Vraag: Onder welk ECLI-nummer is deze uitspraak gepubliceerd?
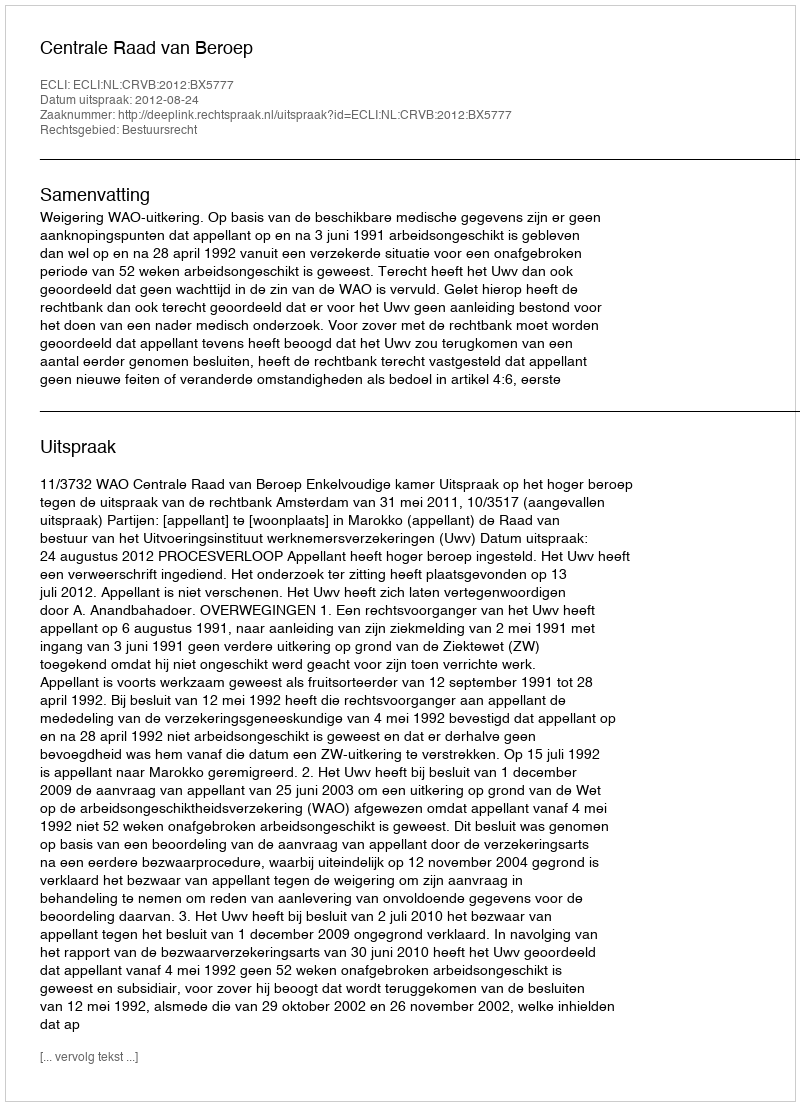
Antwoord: ECLI:NL:CRVB:2012:BX5777